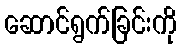
ဆောင်ရွက်ခြင်းကို